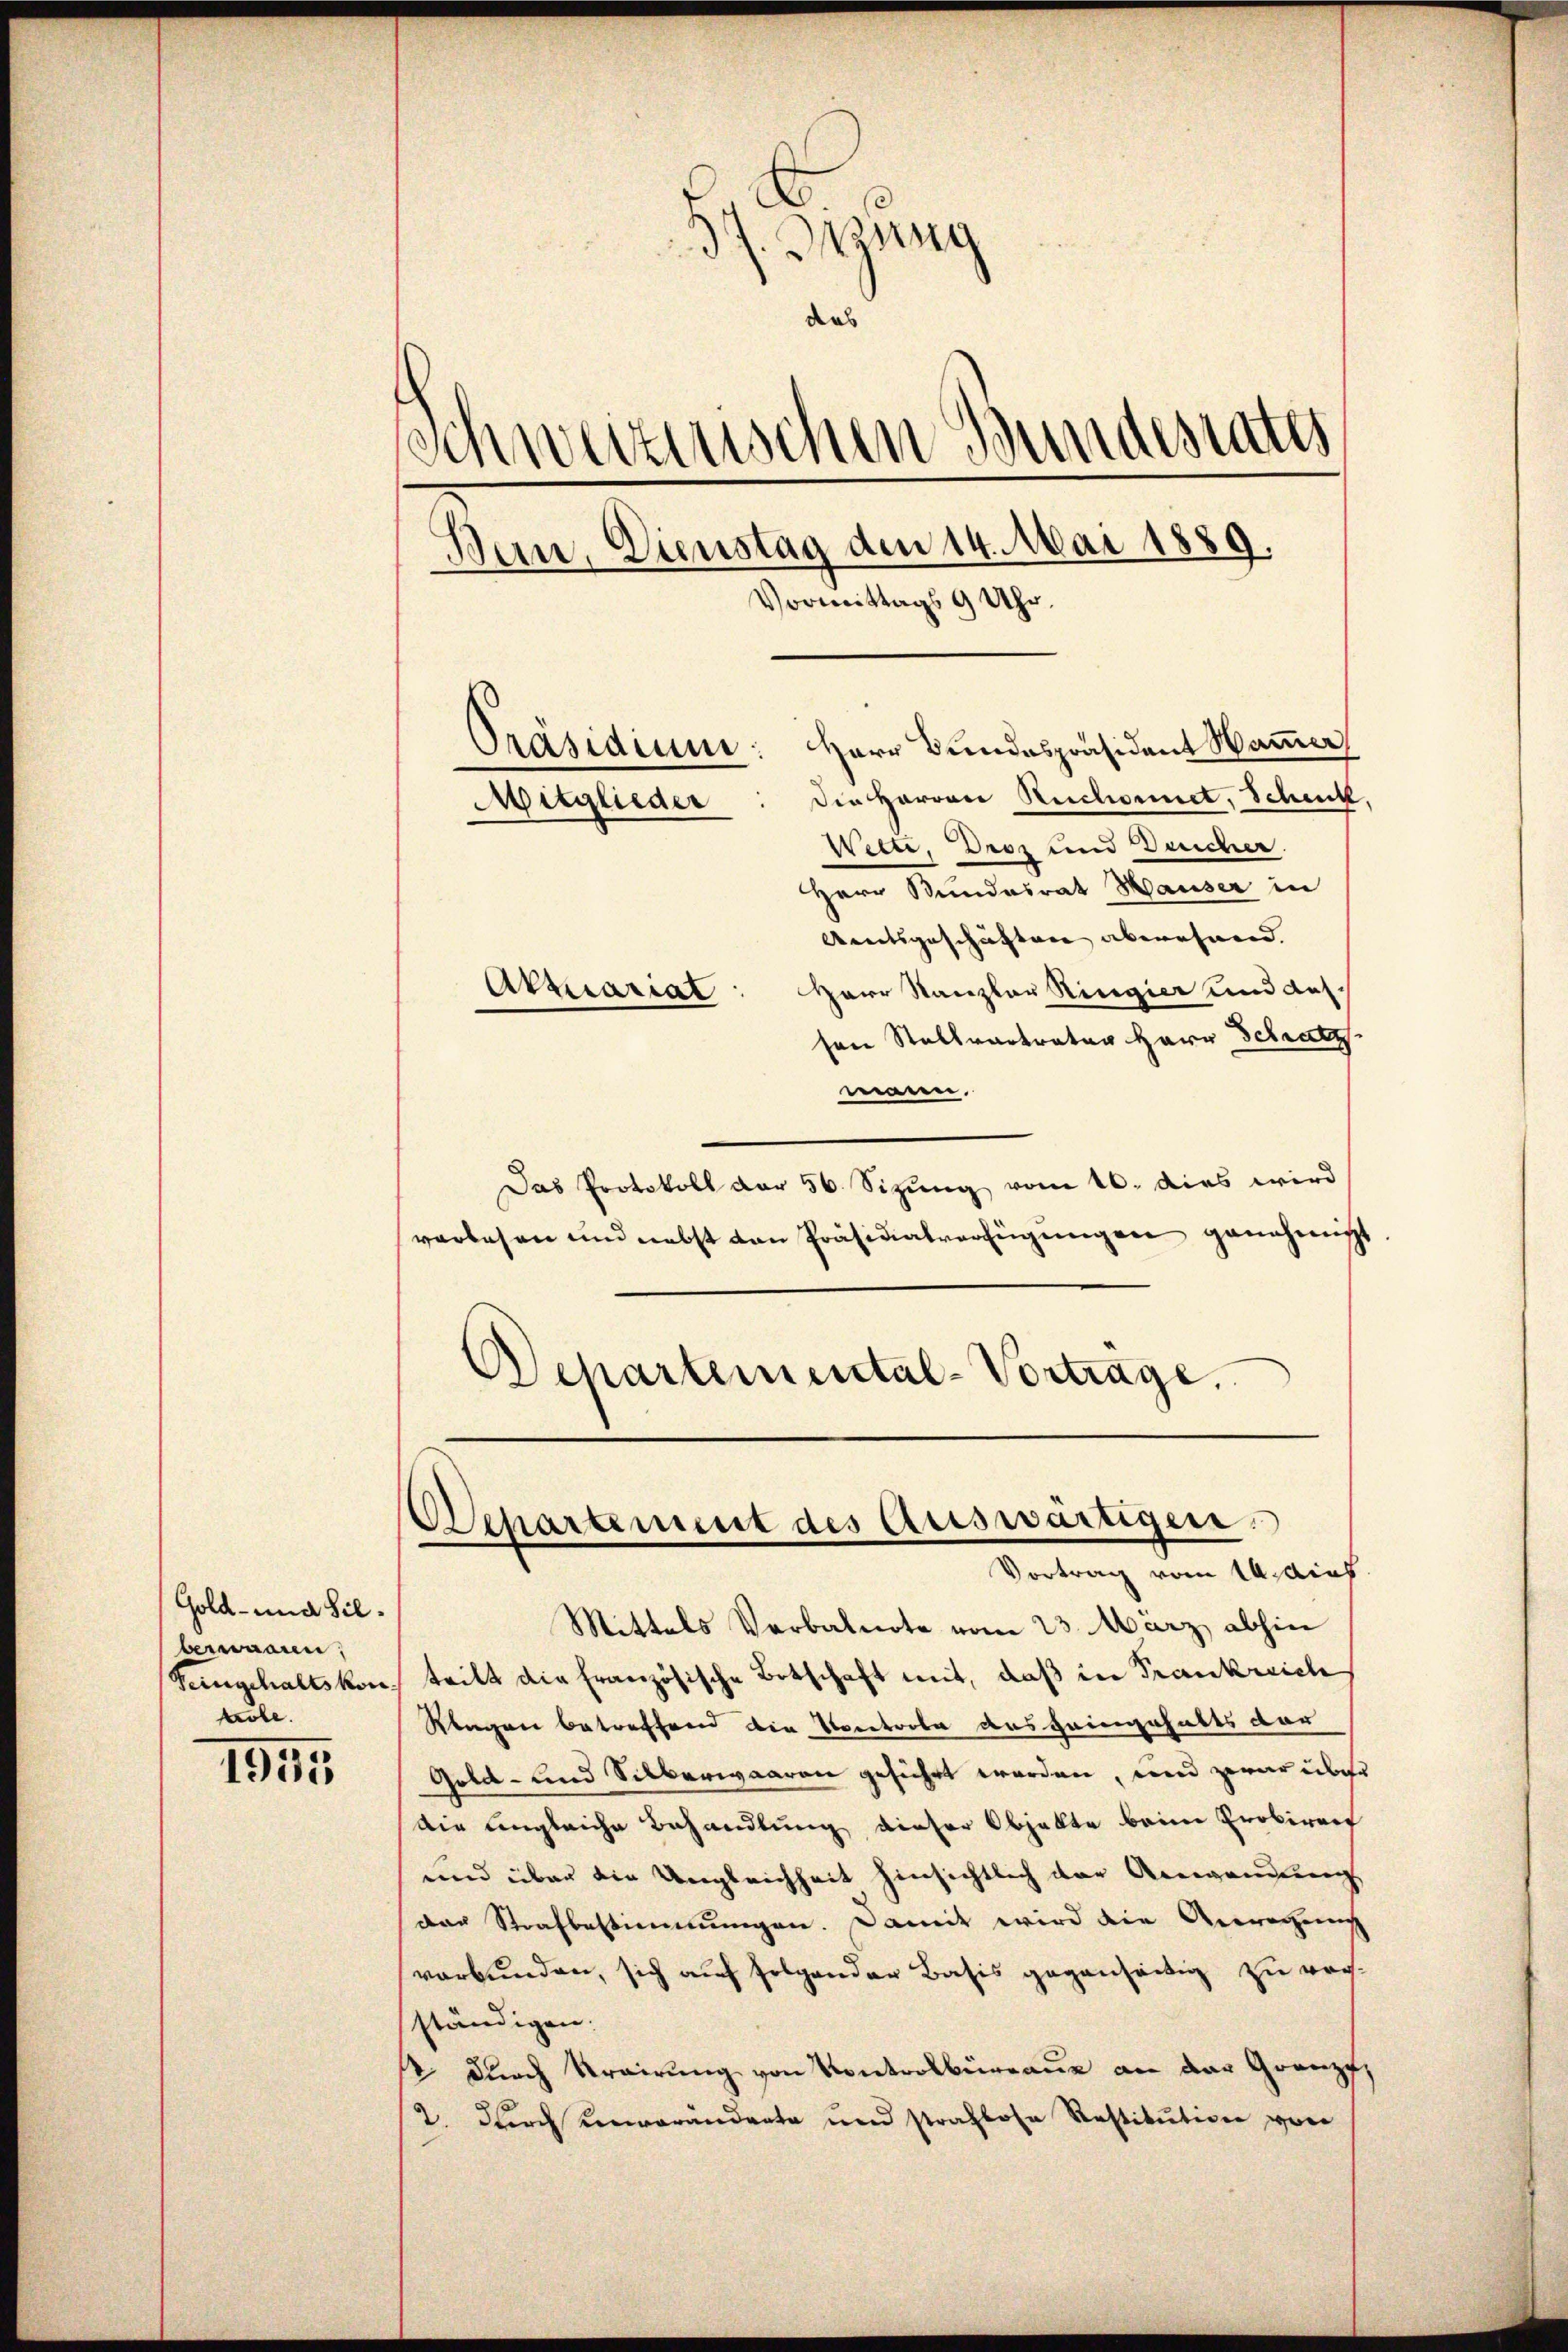
Gold- und Sil
bereinaren
Feingehaltskon
obe.

1945

37. Btzung
das
Schweizerischen Bundesrates
Ban, Dienstag den 14. Mai 1889.
Vormittags 9 Uhr.
Präsidium: Herr Bundespräsident Hammer
Die Herren Ruchornet, Schenk,
Mitglieder
Wetti, Droz und Deucher.
Herr Bundesrat Hauser in

Amtsgeschäften aberühren.
Aktuariat: Herr Kanzler Ringier und aus.
sen Stellvertrater Herr Schatz
waren.
Das Protokoll dar 56. Sizung vom 10. dies wird
vorlesen und nebst von Präsidialverfügungen genehmigt
Schartemental-Vortrage.

Departement des Auswärtigen.
Vortrag vom 14. dies

Mittels Verbalnote vom 23. März abhin
teilt die französische Botschaft mit, daß der Frankreich
Klagen betreffend die Kontorte des Heingehalts dar
Gold- und Silberwaaren geführt worden, und zwar über
Die angleiche Behandlung dieser Objekte beim Probiren
und über die Ungleichheit hinsichtlich der Anwanderung
Das Strafbestimmungen. Damit wird die Anregung
verbunden, sich auf folgender Basis gegenseitig zu verständigen.
& Durch Krairung von Kontrolbureaus an der Grenze,
2. Durch Benvorandente und straflose Restitution von